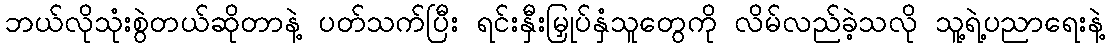
ဘယ်လိုသုံးစွဲတယ်ဆိုတာနဲ့ ပတ်သက်ပြီး ရင်းနှီးမြှုပ်နှံသူတွေကို လိမ်လည်ခဲ့သလို သူ့ရဲ့ပညာရေးနဲ့